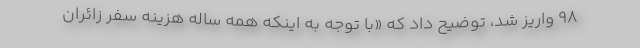
۹۸ واریز شد، توضیح داد که «با توجه به اینکه همه ساله هزینه سفر زائران